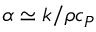
\alpha \simeq { k } / { \rho c _ { P } }